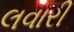
લવારી